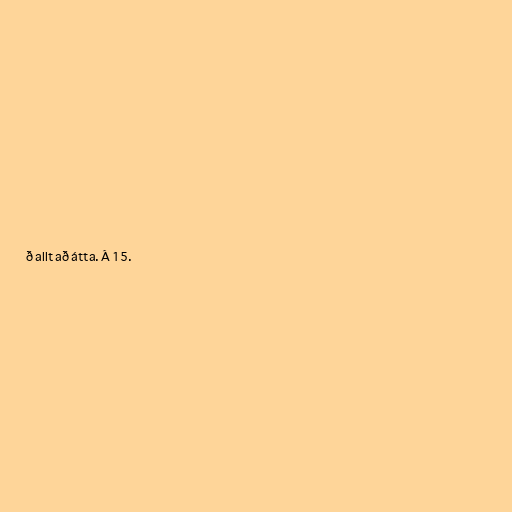
ð allt að átta. Á 15.